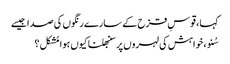
کہا ، قوسِ قزح کے سارے رنگوں کی صدا جیسے
سُنو ، خواہش کی لہروں پر سنبھلنا کیوں ہوا مُشکل ؟